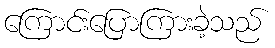
ကြောင်းပြောကြားခဲ့သည်